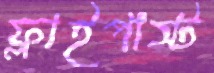
ফ্লাইপাস্ট